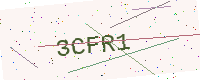
Text: 3CFR1